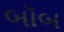
બૉબ